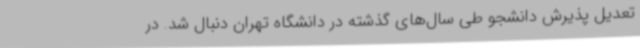
تعدیل پذیرش دانشجو طی سال‌های گذشته در دانشگاه تهران دنبال شد. در